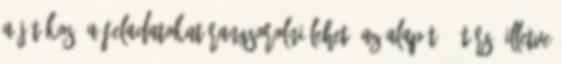
a játékos. A feladatokat rangsorolni lehet: az alapító -társ, illetve